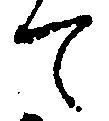
て